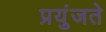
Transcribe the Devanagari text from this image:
प्रयुंजते